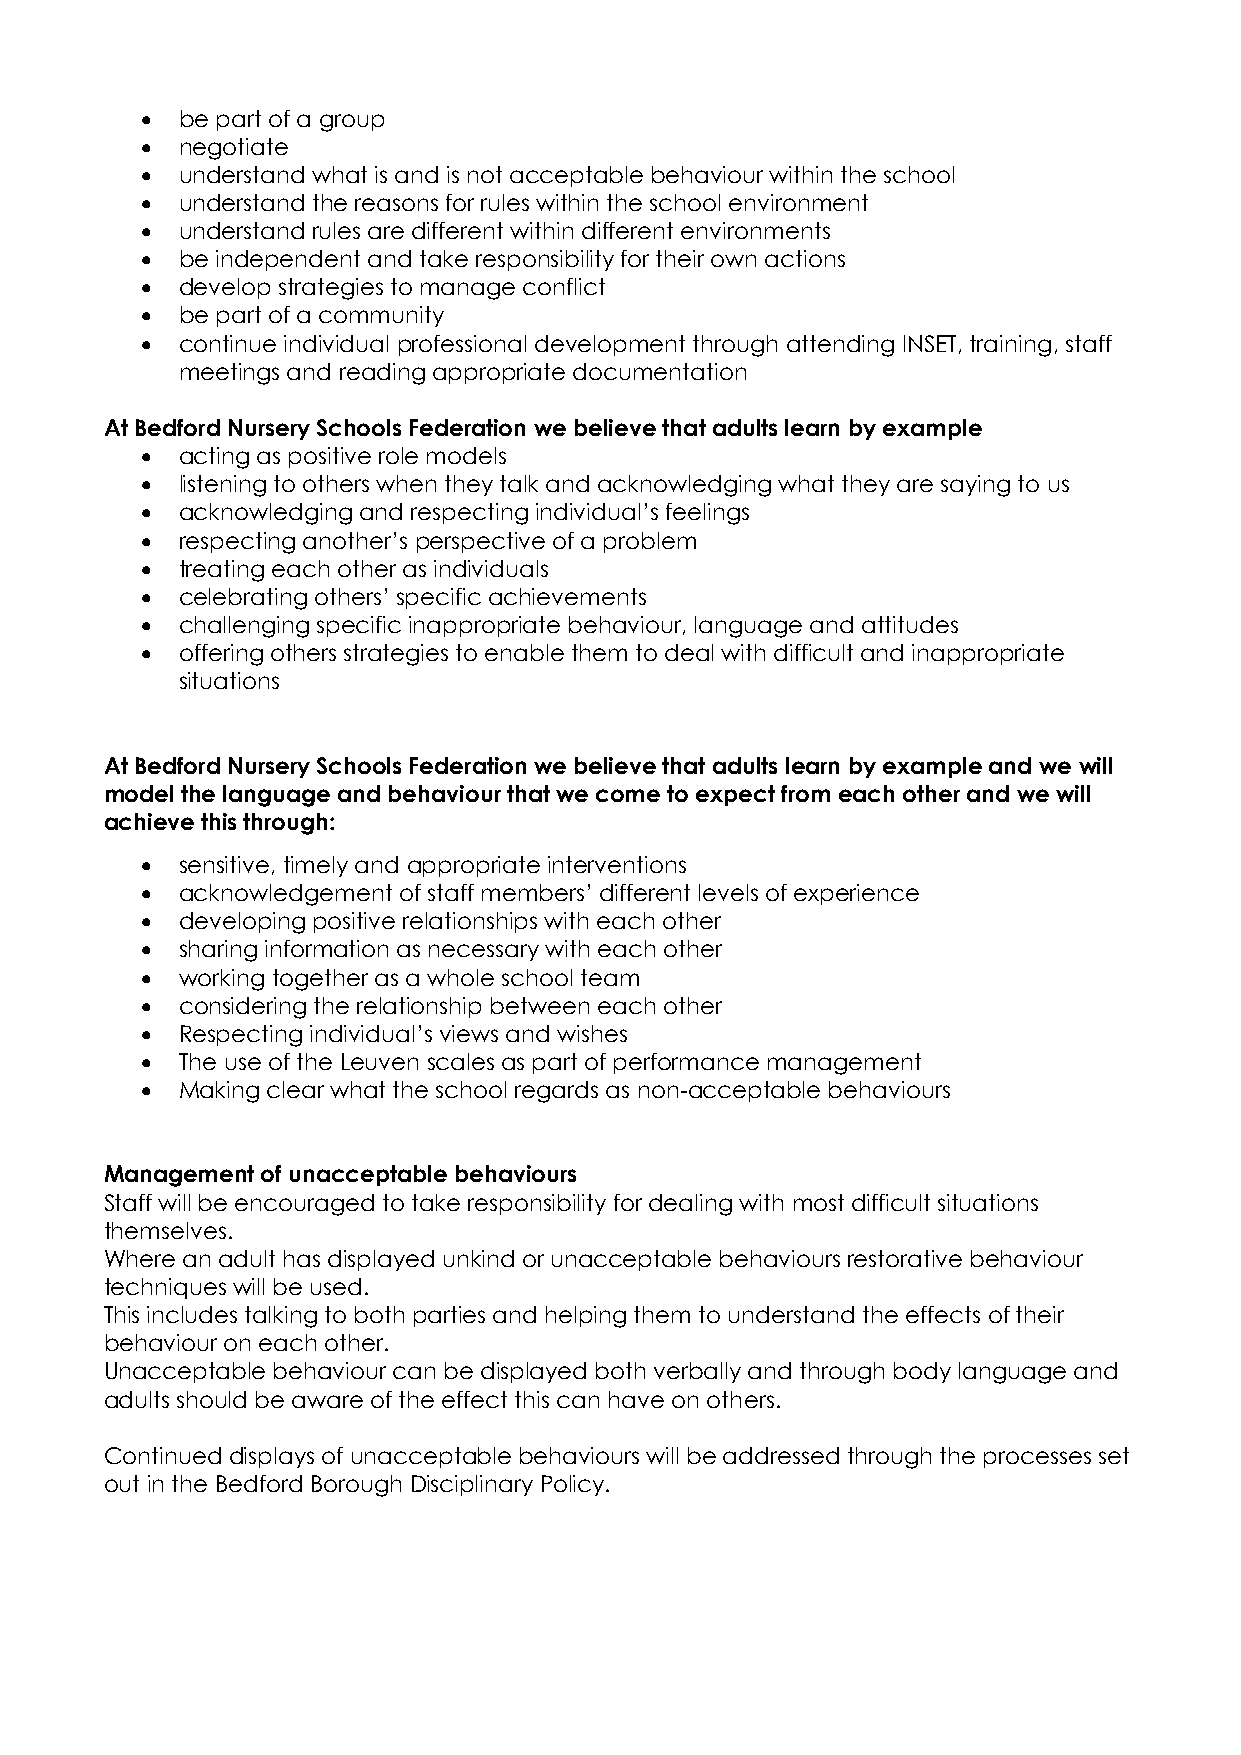
  be part of a group
   negotiate
   understand what is and is not acceptable behaviour within the school
   understand the reasons for rules within the school environment
   understand rules are different within different environments
   be independent and take responsibility for their own actions
   develop strategies to manage conflict
   be part of a community
   continue individual professional development through attending INSET, training, staff
 meetings and reading appropriate documentation
 At Bedford Nursery Schools Federation we believe that adults learn by example
   acting as positive role models
   listening to others when they talk and acknowledging what they are saying to us
   acknowledging and respecting individual’s feelings
   respecting another’s perspective of a problem
   treating each other as individuals
   celebrating others’ specific achievements
   challenging specific inappropriate behaviour, language and attitudes
   offering others strategies to enable them to deal with difficult and inappropriate
 situations
 At Bedford Nursery Schools Federation we believe that adults learn by example and we will
 model the language and behaviour that we come to expect from each other and we will
 achieve this through:
   sensitive, timely and appropriate interventions
   acknowledgement of staff members’ different levels of experience
   developing positive relationships with each other
   sharing information as necessary with each other
   working together as a whole school team
   considering the relationship between each other
   Respecting individual’s views and wishes
   The use of the Leuven scales as part of performance management
   Making clear what the school regards as non-acceptable behaviours
 Management of unacceptable behaviours
 Staff will be encouraged to take responsibility for dealing with most difficult situations
 themselves.
 Where an adult has displayed unkind or unacceptable behaviours restorative behaviour
 techniques will be used.
 This includes talking to both parties and helping them to understand the effects of their
 behaviour on each other.
 Unacceptable behaviour can be displayed both verbally and through body language and
 adults should be aware of the effect this can have on others.
 Continued displays of unacceptable behaviours will be addressed through the processes set
 out in the Bedford Borough Disciplinary Policy.